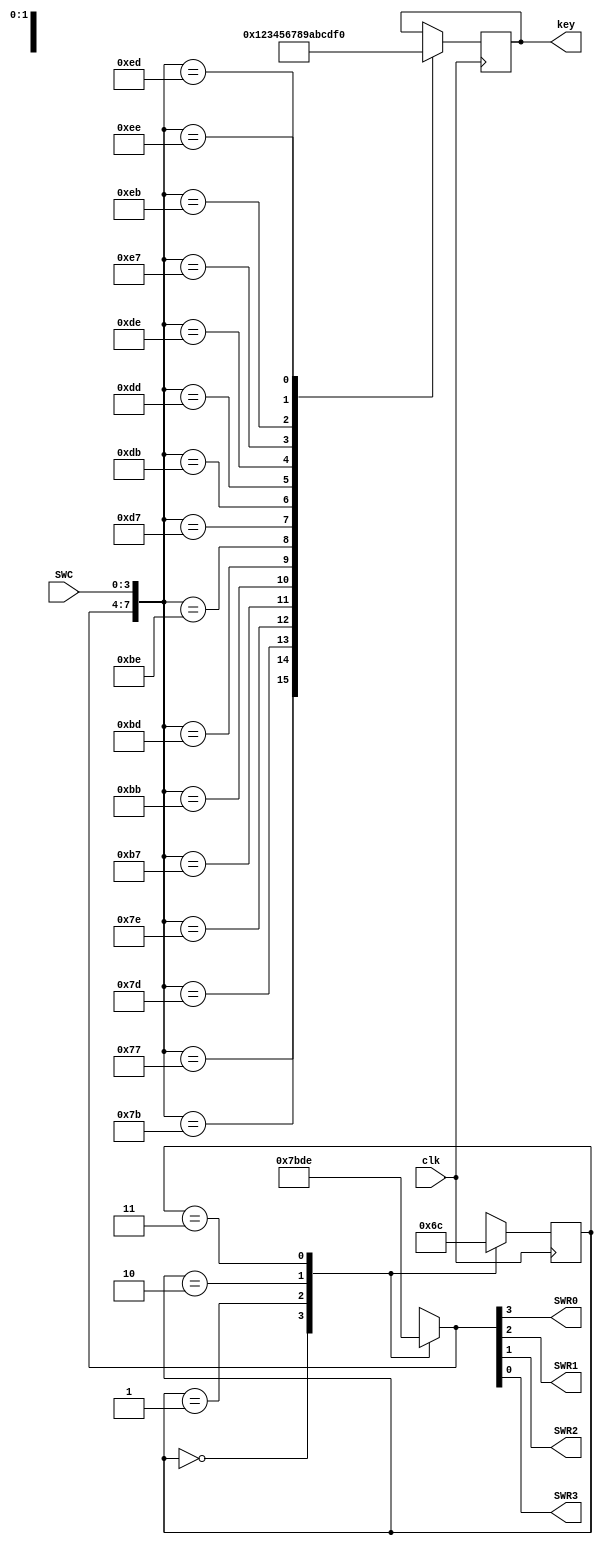
module keyboard(clk, SWC, SWR0, SWR1, SWR2, SWR3, key);
	input clk;
	input [3:0] SWC;
	output reg SWR0, SWR1, SWR2, SWR3;
	output reg [3:0] key;
	reg [1:0] state;
	always@(state)
		case(state)
			0:{SWR0, SWR1, SWR2, SWR3}=4'b0111;
			1:{SWR0, SWR1, SWR2, SWR3}=4'b1011;
			2:{SWR0, SWR1, SWR2, SWR3}=4'b1101;
			3:{SWR0, SWR1, SWR2, SWR3}=4'b1110;
		endcase
	always@(posedge clk)
	begin
		case(state)
			0:state<=1;
			1:state<=2;
			2:state<=3;
			3:state<=0;
		endcase
		case({SWR0, SWR1, SWR2, SWR3, SWC})
				8'b01110111:key<=4'b0000;
				8'b01111011:key<=4'b0001;
				8'b01111101:key<=4'b0010;
				8'b01111110:key<=4'b0011;
				8'b10110111:key<=4'b0100;
				8'b10111011:key<=4'b0101;
				8'b10111101:key<=4'b0110;
				8'b10111110:key<=4'b0111;
				8'b11010111:key<=4'b1000;
				8'b11011011:key<=4'b1001;
				8'b11011101:key<=4'b1010;
				8'b11011110:key<=4'b1011;
				8'b11100111:key<=4'b1100;
				8'b11101011:key<=4'b1101;
				8'b11101101:key<=4'b1110;
				8'b11101110:key<=4'b1111;
		endcase
	end
endmodule